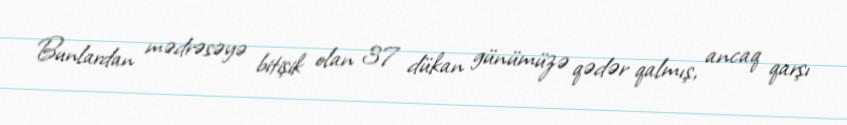
Bunlardan mədrəsəyə bitişik olan 37 dükan günümüzə qədər qalmış, ancaq qarşı